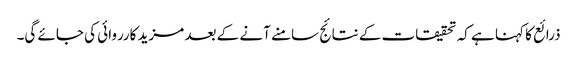
ذرائع کا کہنا ہے کہ تحقیقات کے نتائج سامنے آنے کے بعد مزید کارروائی کی جائے گی۔